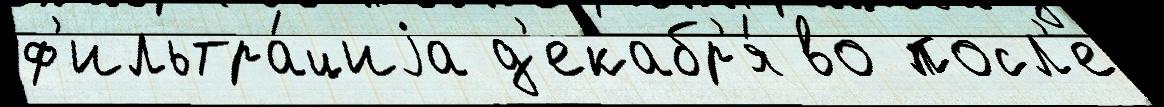
ф'ильтра́циjа д'екабр'я́ во посл'е